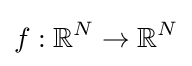
f:\mathbb {R} ^{N}\to \mathbb {R} ^{N}